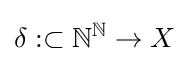
\delta :\subset \mathbb {N} ^{\mathbb {N} }\rightarrow X